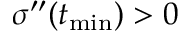
\sigma ^ { \prime \prime } ( t _ { \mathrm { m i n } } ) > 0